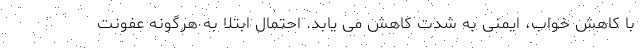
با کاهش خواب، ایمنی به شدت کاهش می یابد. احتمال ابتلا به هرگونه عفونت